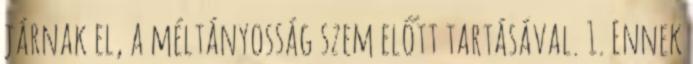
járnak el, a méltányosság szem előtt tartásával. 1. Ennek